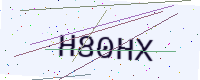
Text: H80HX